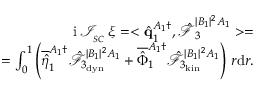
\begin{array} { r } { \mathrm { i } \, \mathcal { I } _ { _ { S C } } \, \xi = < \hat { \mathbf { q } } _ { 1 } ^ { A _ { 1 } \dagger } , \boldsymbol { \hat { \mathcal { F } } } _ { 3 } ^ { | B _ { 1 } | ^ { 2 } A _ { 1 } } > = } \\ { = \int _ { 0 } ^ { 1 } \left( \overline { { \hat { \eta } } } _ { 1 } ^ { A _ { 1 } \dagger } \hat { \mathcal { F } } _ { 3 _ { \mathrm { d y n } } } ^ { | B _ { 1 } | ^ { 2 } A _ { 1 } } + \overline { { \hat { \Phi } } } _ { 1 } ^ { A _ { 1 } \dagger } \hat { \mathcal { F } } _ { 3 _ { \mathrm { k i n } } } ^ { | B _ { 1 } | ^ { 2 } A _ { 1 } } \right) \, r \mathrm { d } r . } \end{array}